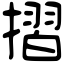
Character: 摺